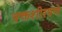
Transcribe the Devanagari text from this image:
वक्तशीरपणे